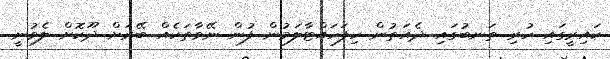
ކައިރީގައި ހުރި ތަނބުގައި ދެއަތުން ހިފަހައްޓާލަމުން ފުން ނޭވާތަކެއް ބޭރަށް ދޫކޮށް ލެވުނީ